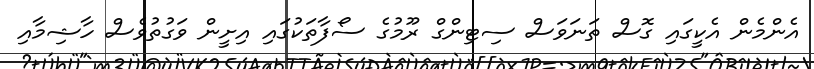
އެންމެން އެކީގައި ގޮސް ތަނަވަސް ސިޓިންގް ރޫމުގެ ސޯފާތަކުގައި އިށީން ވަގުތުވެސް ހާޝިމާއި